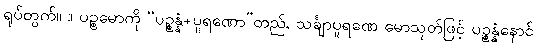
ရုပ်တွက်။ ။ ပဉ္စမောကို “ပဉ္စန္နံ+ပူရဏော”တည်, သင်္ချာပူရဏေ မောသုတ်ဖြင့် ပဉ္စန္နံနောင်